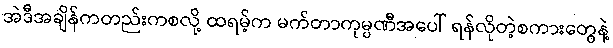
အဲဒီအချိန်ကတည်းကစလို့ ထရမ့်က မက်တာကုမ္ပဏီအပေါ် ရန်လိုတဲ့စကားတွေနဲ့